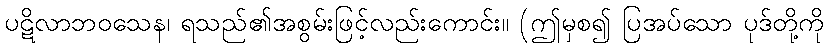
ပဋိလာဘဝသေန၊ ရသည်၏အစွမ်းဖြင့်လည်းကောင်း။ (ဤမှစ၍ ပြအပ်သော ပုဒ်တို့ကို